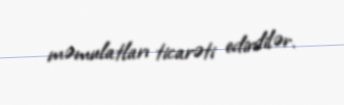
məmulatları ticarəti edirdilər.